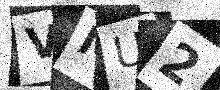
Text: VMU2